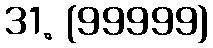
31. (99999)